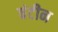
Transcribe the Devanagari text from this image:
बंटीन